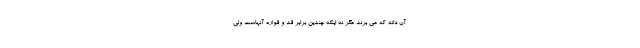
آن دانه که می برند مگر نه اینکه چندین برابر قد و قواره آنهاست ولی